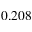
0 . 2 0 8